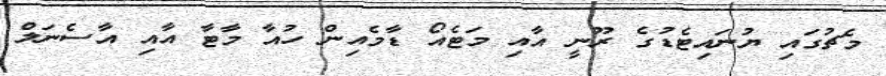
މެޗުގައި ޔުނައިޓެޑުގެ ރޫނީ އާއި މަޓެއޯ ޑާމެއިން ހުއާ މާޓާ އާއި އާސެނަލް